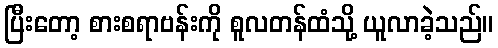
ပြီးတော့ စားစရာဗန်းကို စူလတန်ထံသို့ ယူလာခဲ့သည်။